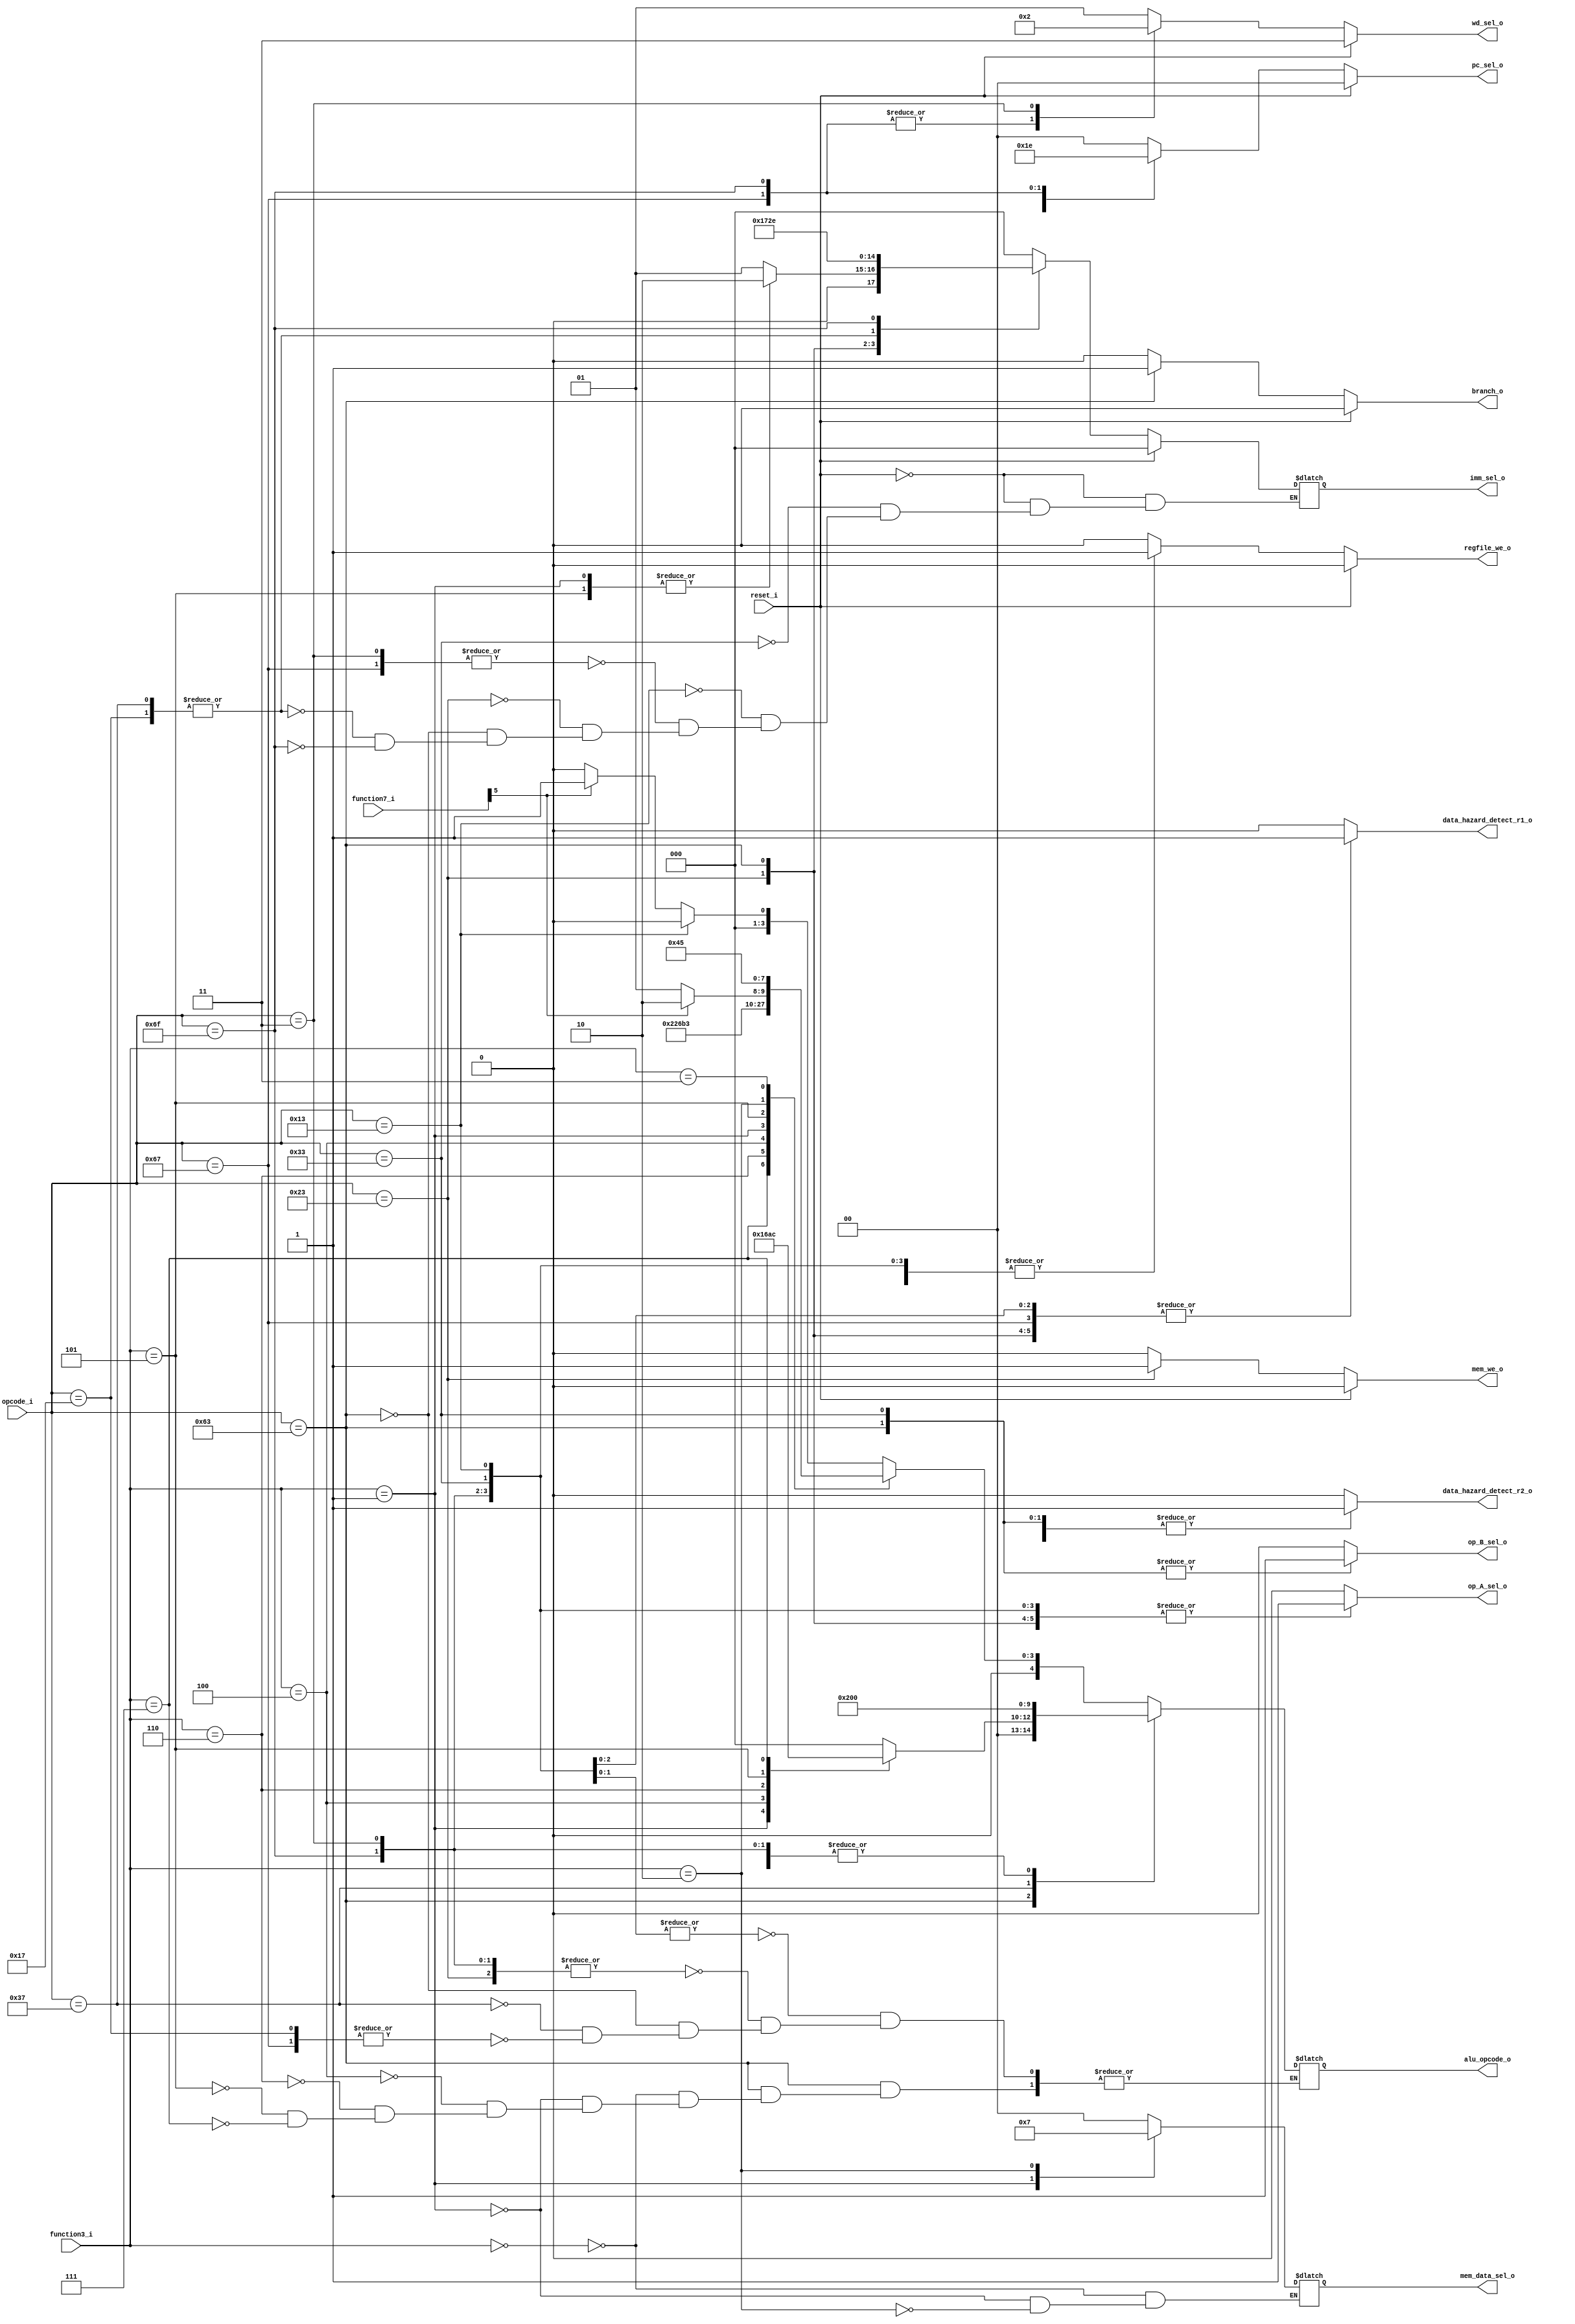
`timescale 1ns / 1ps
//////////////////////////////////////////////////////////////////////////////////
// Company: 
// Engineer: 
// 
// Design Name: 
// Module Name: controler
// Project Name: 
// Target Devices: 
// Tool Versions: 
// Description: 
// opcodefunction3function7
// 
// Dependencies: 
// 
// Revision:
// Revision 0.01 - File Created
// Additional Comments:
// 
//////////////////////////////////////////////////////////////////////////////////


module controler #(
    parameter OPCODE_JAL   = 7'b1101111,
    parameter OPCODE_JALR  = 7'b1100111,
    parameter OPCODE_LOAD  = 7'b0000011,
    parameter OPCODE_B     = 7'b1100011,
    parameter OPCODE_R     = 7'b0110011,
    parameter OPCODE_I     = 7'b0010011,
    parameter OPCODE_S     = 7'b0100011,
    parameter OPCODE_AUIPC = 7'b0010111,
    parameter OPCODE_LUI   = 7'b0110111

)
(
    input             reset_i,
    input      [6:0]  opcode_i,
    input      [6:0]  function7_i,
    input      [2:0]  function3_i,
    output reg [1:0]  wd_sel_o,      // Regfile
    output reg [1:0]  pc_sel_o,      // npc
    output reg        branch_o,      // B 
    output reg [2:0]  imm_sel_o,     //      
    output reg        regfile_we_o,  // Regfile
    output reg        mem_we_o,      // Mem
    output reg        op_A_sel_o,    // ALU
    output reg        op_B_sel_o,    // ALU   
    output reg [4:0]  alu_opcode_o,  // alu
    output reg [1:0]  mem_data_sel_o, // Memsb,shlb,lh
    output reg        data_hazard_detect_r1_o,  // r1r2
    output reg        data_hazard_detect_r2_o 
    );
    // wd_sel
    always @(*) begin
        if(reset_i == 1'b1)
            wd_sel_o = 2'b11;
        else begin
            case(opcode_i)
                // jal,jalr
                OPCODE_JAL,OPCODE_JALR:
                    wd_sel_o = 2'b00;
                // lb,lw,ld
                OPCODE_LOAD:
                    wd_sel_o = 2'b10;
                // others
                default:
                    wd_sel_o = 2'b01;
            endcase
        end
    end

    // pc_sel
    always @(*) begin
        if(reset_i == 1'b1)
            pc_sel_o = 2'b00;
        else begin
            case(opcode_i)
                // B
                OPCODE_B:
                    pc_sel_o = 2'b01;
                // jalr
                OPCODE_JALR:
                    pc_sel_o = 2'b11;
                // jal
                OPCODE_JAL:
                    pc_sel_o = 2'b10;
                default:
                    pc_sel_o = 2'b00;
            endcase
        end
    end

    // branch
    always @(*) begin
        if(reset_i == 1'b1)
            branch_o = 1'b0;
        else begin
            case(opcode_i)
                // B
                OPCODE_B:
                    branch_o = 1'b1;
                default:
                    branch_o = 1'b0;
            endcase
        end
    end

    // imm_sel
    always @(*) begin
        if(reset_i == 1'b1)
            imm_sel_o = 3'b000;
        else begin
            case(opcode_i)
                // R
                OPCODE_R:
                    imm_sel_o = 3'b000;
                // I
                OPCODE_I: begin
                    case(function3_i)
                        // 
                        3'b001, 3'b101:
                            imm_sel_o = 3'b010;
                        default:
                            imm_sel_o = 3'b001;
                    endcase
                end
                // lb,lh,lw,jalr
                OPCODE_LOAD, OPCODE_JALR:
                    imm_sel_o = 3'b001;
                // S
                OPCODE_S:
                    imm_sel_o = 3'b011;
                // B
                OPCODE_B:
                    imm_sel_o = 3'b100;
                OPCODE_AUIPC, OPCODE_LUI:
                    imm_sel_o = 3'b101;
                OPCODE_JAL:
                    imm_sel_o = 3'b110;
                default:;
            endcase
        end
    end

    // regfile_we_o
    always @(*) begin
        if(reset_i == 1'b1)
            regfile_we_o = 1'b0;
        else begin
            case(opcode_i)
                // RIUJ 
                OPCODE_R,
                OPCODE_I, 
                OPCODE_LOAD, 
                OPCODE_JAL, 
                OPCODE_LUI,
                OPCODE_AUIPC, 
                OPCODE_JALR:
                    regfile_we_o = 1'b1;
                default:
                    regfile_we_o = 1'b0;
            endcase
        end
    end

    // mem_we_o
    always @(*) begin
        if(reset_i == 1'b1)
            mem_we_o = 1'b0;
        else begin
            case(opcode_i)
                // S
                OPCODE_S:
                    mem_we_o = 1'b1;
                default:
                    mem_we_o = 1'b0;
            endcase
        end
    end

    // op_A_sel_o
    always @(*) begin
        case(opcode_i)
            // RIS, B
            OPCODE_R,
            OPCODE_I,
            OPCODE_LOAD,
            OPCODE_JAL,
            OPCODE_S,
            OPCODE_B:
                op_A_sel_o = 1'b1;
            default:
                op_A_sel_o = 1'b0;
        endcase
    end

    // op_B_sel_o
    always @(*) begin
        case(opcode_i)
            // RB
            OPCODE_R,
            OPCODE_B:
                op_B_sel_o = 1'b1;
            default:
                op_B_sel_o = 1'b0;
        endcase
    end
    
    // alu_opcode_o
    always @(*) begin
        case(opcode_i)
            // RI
            OPCODE_R,
            OPCODE_I: begin
                case(function3_i)
                    // 
                    3'b000: begin
                        // I
                        if(opcode_i == OPCODE_I)
                            alu_opcode_o = 5'b00000;
                        // Rf7
                        else
                            alu_opcode_o = (function7_i[5]==1'b0)?5'b00000:5'b00001;
                    end
                    // 
                    // AND
                    3'b111:
                        alu_opcode_o = 5'b01000;
                    // OR
                    3'b110:
                        alu_opcode_o = 5'b01001;
                    // XOR
                    3'b100:
                        alu_opcode_o = 5'b01010;
                    // 
                    // 
                    3'b001:
                        alu_opcode_o = 5'b01100;
                    // ,f7
                    3'b101:
                        alu_opcode_o = (function7_i[5]==1'b0)?5'b01101:5'b01110;
                    // 
                    // 
                    3'b010:
                        alu_opcode_o = 5'b00100;
                    // 
                    3'b011:
                        alu_opcode_o = 5'b00101;
                    default:;
                    endcase
            end
            // Load,Jalr,S
            OPCODE_LOAD,
            OPCODE_JAL,
            OPCODE_S:
                alu_opcode_o = 5'b00000;
            // B
            OPCODE_B: begin
                case(function3_i)
                    3'b000: alu_opcode_o = 5'h0;
                    3'b001: alu_opcode_o = 5'h1;
                    3'b100: alu_opcode_o = 5'h3; 
                    3'b110: alu_opcode_o = 5'h2;
                    3'b101: alu_opcode_o = 5'h5;
                    3'b111: alu_opcode_o = 5'h4;
                    default:;
                endcase
            end
            // lui
            OPCODE_LUI:
                alu_opcode_o = 5'b10000;
            // auipc, jal
            OPCODE_AUIPC,
            OPCODE_JALR:
                alu_opcode_o = 5'b00000;
            default:;
        endcase
    end
    
    // mem_data_sel
    always@(*) begin
        case(function3_i)
            3'b000: mem_data_sel_o = 2'b00;
            3'b001: mem_data_sel_o = 2'b01;
            3'b010: mem_data_sel_o = 2'b11;
            default:;
        endcase
    end

    // data_hazard_detet
    always @(*) begin
        case(opcode_i)
            OPCODE_R, OPCODE_I, OPCODE_S, OPCODE_LOAD, OPCODE_S, OPCODE_B, OPCODE_JALR:
                data_hazard_detect_r1_o = 1'b1;
            default:
                data_hazard_detect_r1_o = 1'b0;
        endcase
    end

    always @(*) begin
        case(opcode_i)
            OPCODE_R, OPCODE_S, OPCODE_B:
                data_hazard_detect_r2_o = 1'b1;
            default:
                data_hazard_detect_r2_o = 1'b0;
        endcase
    end
endmodule